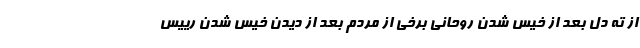
از ته دل بعد از خیس شدن روحانی برخی از مردم بعد از دیدن خیس شدن رییس